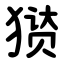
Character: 㺆